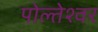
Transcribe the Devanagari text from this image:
पोल्तेश्वर